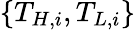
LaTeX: \{ T_{H,i},T_{L,i}\}